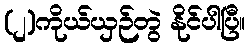
(၂)ကိုယ်ယှဉ်တွဲ နိုင်ပါပြီ။